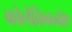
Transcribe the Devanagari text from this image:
कोलेक्तिवनोए